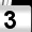
Digit: 3